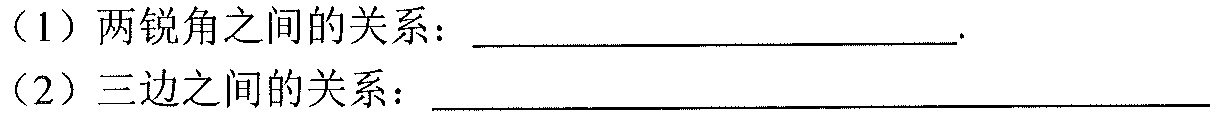
（1）两锐角之间的关系：____________________.
（2）三边之间的关系：______________________________________